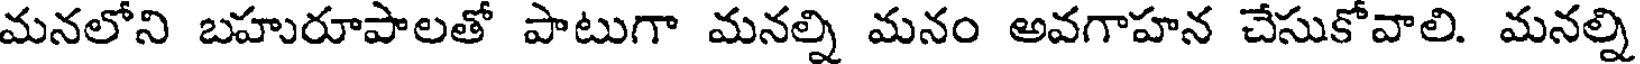
మనలోని బహురూపాలతో పాటుగా మనల్ని మనం అవగాహన చేసుకోవాలి. మనల్ని